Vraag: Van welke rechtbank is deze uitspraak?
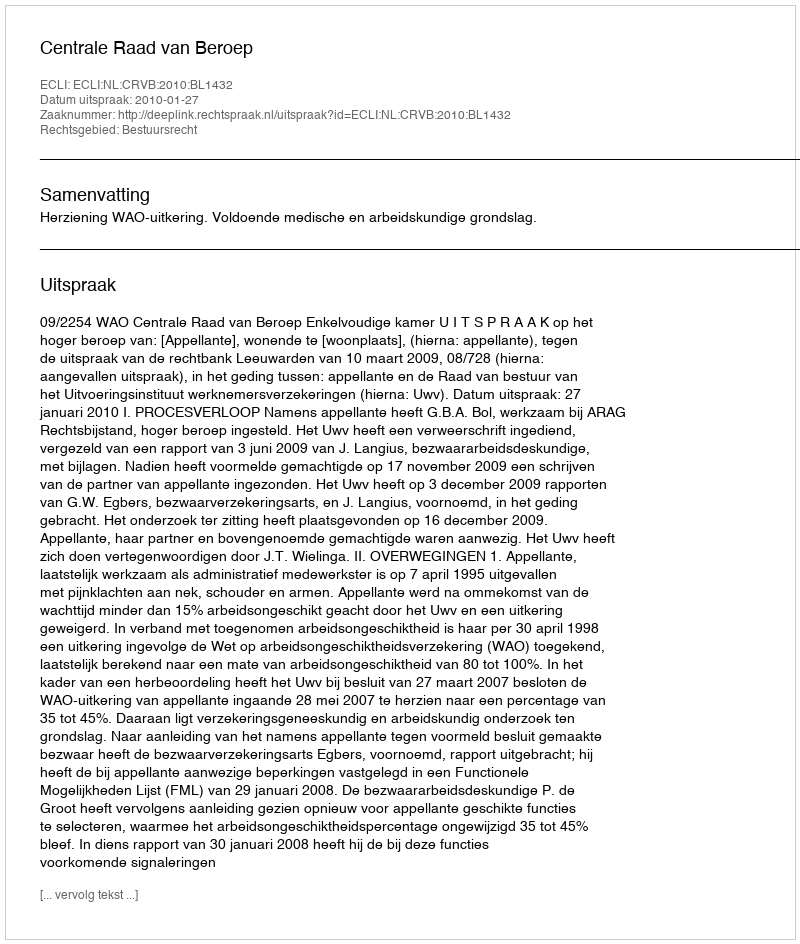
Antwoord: Centrale Raad van Beroep